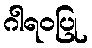
ဂါရဝပြု